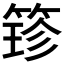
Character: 𮅢